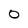
Character: O